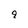
Character: q